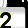
Digit: 2